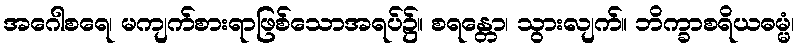
အဂေါစရေ၊ မကျက်စားရာဖြစ်သောအရပ်၌။ စရန္တော၊ သွားလျက်။ ဘိက္ခာစရိယဓမ္မံ၊